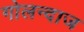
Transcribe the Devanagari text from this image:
गोलन्दाज